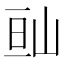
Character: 𡷆